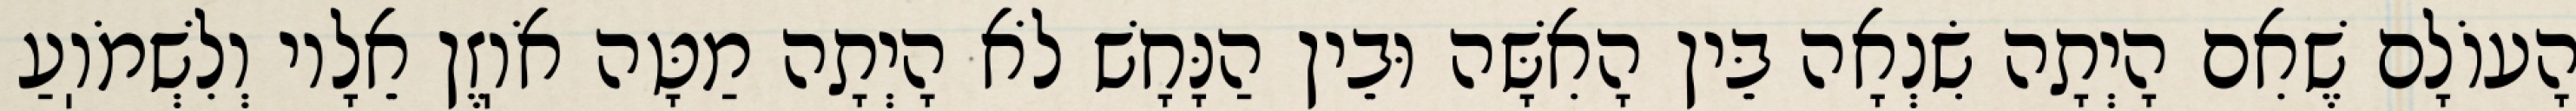
הָעוֹלָם שֶׁאִם הָיְתָה שִׂנְאָה בֵּין הָאִשָּׁה וּבֵין הַנָּחָשׁ לֹא הָיְתָה מַטָּה אֹוֽזֶן אֵלָיו וְלִשְׁמֹוֽעַ